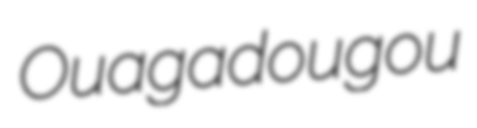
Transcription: Ouagadougou